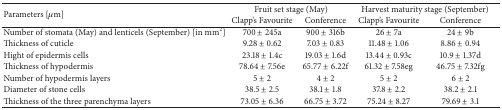
<table><thead><tr><td rowspan="2"><b>Parameters [<i>μ</i>m]</b></td><td colspan="2"><b>Fruit set stage (May)</b></td><td colspan="2"><b>Harvest maturity stage (September)</b></td></tr><tr><td><b>Clapp&#x27;s Favourite</b></td><td><b>Conference</b></td><td><b>Clapp&#x27;s Favourite</b></td><td><b>Conference</b></td></tr></thead><tbody><tr><td>Number of stomata (May) and lenticels (September) [in mm<sup>2</sup>]</td><td>700 ± 245a</td><td>900 ± 316b</td><td>26 ± 7a</td><td>24 ± 9b</td></tr><tr><td>Thickness of cuticle</td><td>9.28 ± 0.62</td><td>7.03 ± 0.83</td><td>11.48 ± 1.06</td><td>8.86 ± 0.94</td></tr><tr><td>Hight of epidermis cells</td><td>23.18 ± 1.4c</td><td>19.03 ± 1.6d</td><td>13.44 ± 0.93c</td><td>10.9 ± 1.37d</td></tr><tr><td>Thickness of hypodermis</td><td>78.64 ± 7.56e</td><td>65.77 ± 6.22f</td><td>61.32 ± 7.58eg</td><td>46.75 ± 7.32fg</td></tr><tr><td>Number of hypodermis layers </td><td>5 ± 2</td><td>4 ± 2</td><td>5 ± 2</td><td>6 ± 2</td></tr><tr><td>Diameter of stone cells</td><td>38.5 ± 2.5</td><td>38.1 ± 1.8</td><td>37.8 ± 2.2</td><td>38.2 ± 2.1</td></tr><tr><td>Thickness of the three parenchyma layers</td><td>73.05 ± 6.36</td><td>66.75 ± 3.72</td><td>75.24 ± 8.27</td><td>79.69 ± 3.1</td></tr></tbody></table>